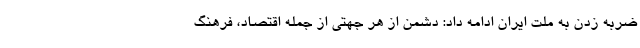
ضربه زدن به ملت ایران ادامه داد: دشمن از هر جهتی از جمله اقتصاد، فرهنگ